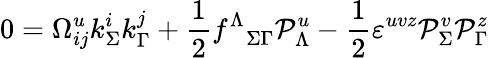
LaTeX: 0=\Omega_{ij}^{u}k_{\Sigma}^{i}k_{\Gamma}^{j}+{\frac{1}{2}}{f^{\Lambda}}_{\Sigma\Gamma}{\cal P}_{\Lambda}^{u}-{\frac{1}{2}}\varepsilon^{uvz}{\cal P}_{\Sigma}^{v}{\cal P}_{\Gamma}^{z}